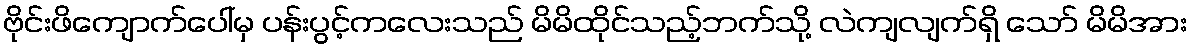
ဗိုင်းဖိကျောက်ပေါ်မှ ပန်းပွင့်ကလေးသည် မိမိထိုင်သည့်ဘက်သို့ လဲကျလျက်ရှိ သော် မိမိအား